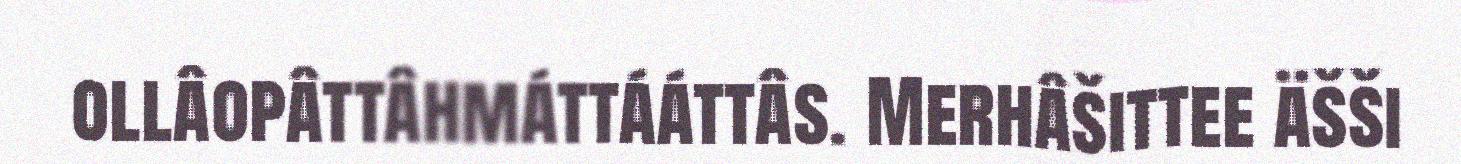
ollâopâttâhmáttááttâs. Merhâšittee äšši